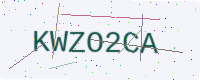
Text: KWZO2CA